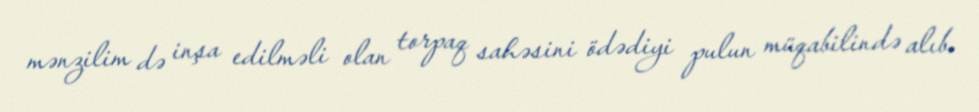
mənzilim də inşa edilməli olan torpaq sahəsini ödədiyi pulun müqabilində alıb.